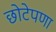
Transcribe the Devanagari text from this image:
छोटेपणा